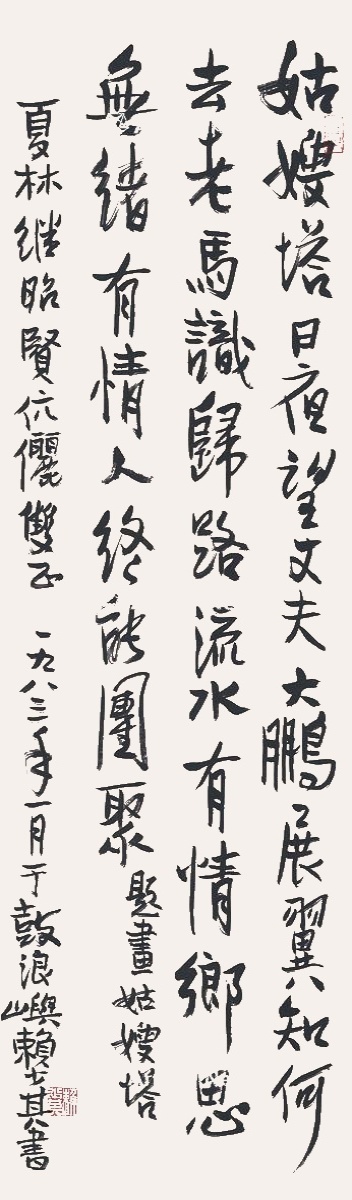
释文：姑嫂塔，日夜望丈夫，大鹏展翼知何去。老马识归路，流水有情，乡思无绪。有情人终能团聚。题画姑嫂塔，夏林、继昭贤伉俪双正。一九八三年一月于鼓浪屿，赖少其书。